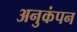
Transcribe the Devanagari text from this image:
अनुकंपन